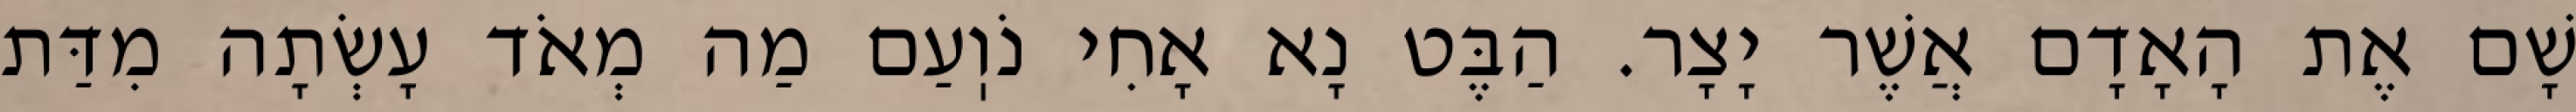
שָׁם אֶת הָאָדָם אֲשֶׁר יָצָר. הַבֶּט נָא אָחִי נֹוֽעַם מַה מְאֹד עָשְׂתָה מִדַּת